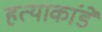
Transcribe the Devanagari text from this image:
हत्याकांडे